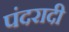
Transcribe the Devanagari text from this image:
पंदरादी